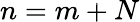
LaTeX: n=m+N